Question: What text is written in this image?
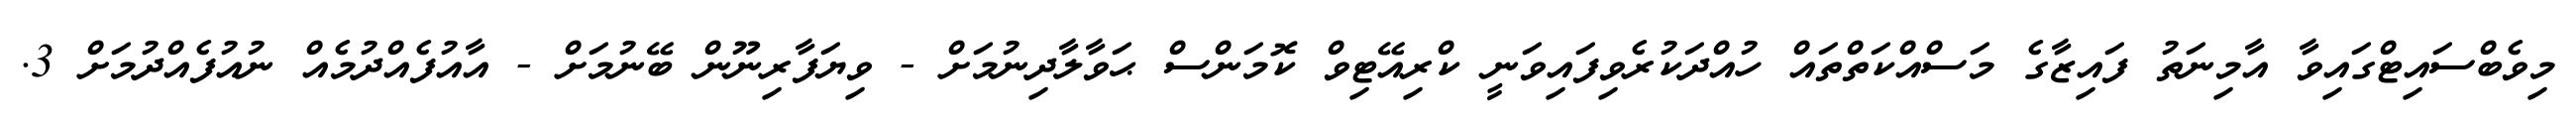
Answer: މިވެބްސައިޓްގައިވާ އާމިނަތު ފައިޒާގެ މަސްއްކަތްތައް ހުއްދަކުރެވިފައިވަނީ ކްރިއޭޓިވް ކޮމަންސް ޙަވާލާދިނުމަށް - ވިޔަފާރިނޫން ބޭނުމަށް - އާއުފެއްދުމެއް ނުއުފެއްދުމަށް 3.